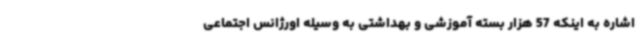
اشاره به اینکه 57 هزار بسته آموزشی و بهداشتی به وسیله اورژانس اجتماعی